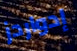
إدواردز